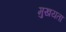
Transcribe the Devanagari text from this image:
मुखयता